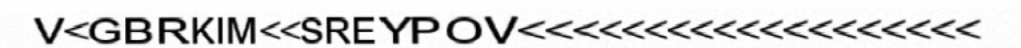
V<GBRKIM<<SREYPOV<<<<<<<<<<<<<<<<<<<